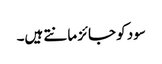
سود کو جائز مانتے ہیں۔